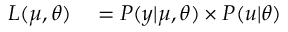
\begin{array} { r l } { L ( \boldsymbol { \mu } , \boldsymbol { \theta } ) } & { { } = P ( \boldsymbol { y } | \boldsymbol { \mu } , \boldsymbol { \theta } ) \times P ( \boldsymbol { u } | \boldsymbol { \theta } ) } \end{array}